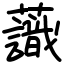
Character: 𧄹